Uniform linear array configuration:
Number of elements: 64
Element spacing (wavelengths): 1
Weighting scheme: hann
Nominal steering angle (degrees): -45
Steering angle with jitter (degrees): -46.474
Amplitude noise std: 0.05
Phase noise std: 0.05

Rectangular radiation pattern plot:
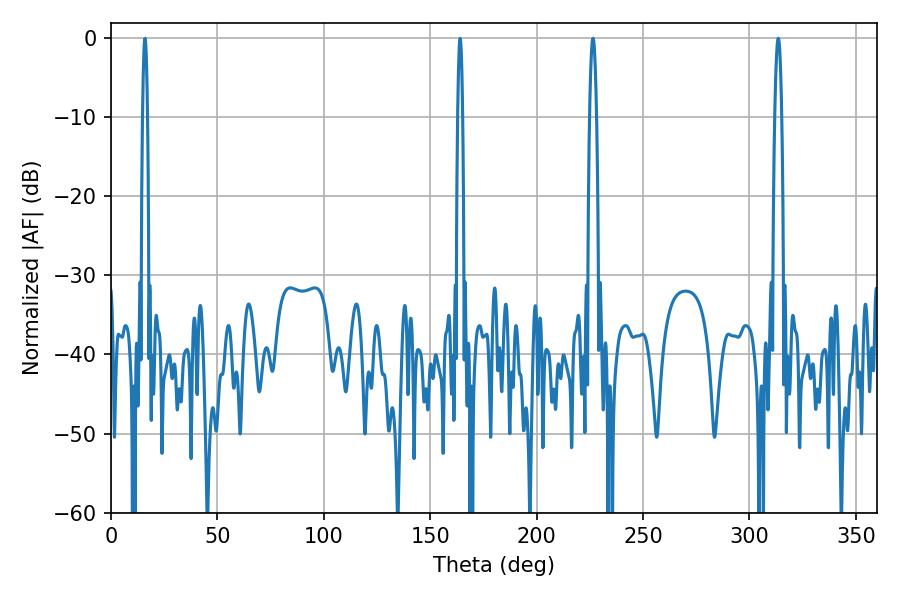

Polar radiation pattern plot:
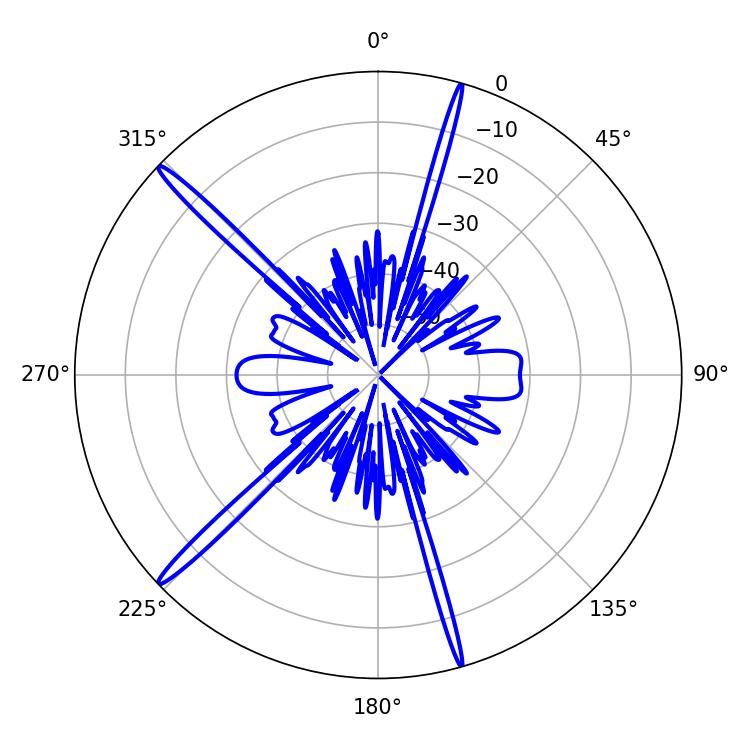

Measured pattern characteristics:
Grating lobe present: TRUE
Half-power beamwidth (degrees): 1.8
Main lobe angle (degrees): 226.44